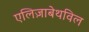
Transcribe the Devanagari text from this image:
एलिज़ाबेथविल